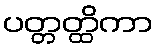
ပတ္တတ္ထိကာ